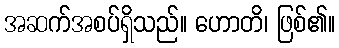
အဆက်အစပ်ရှိသည်။ ဟောတိ၊ ဖြစ်၏။